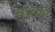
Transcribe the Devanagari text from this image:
बुंध्यात